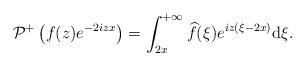
LaTeX: \begin{align*} & \mathcal{P}^+\left(f(z) e^{-2iz x}\right) =\int_{2x}^{+\infty} \widehat{f}(\xi)e^{iz(\xi-2x) }\mathrm{d}\xi.\end{align*}